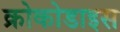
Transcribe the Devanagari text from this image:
क्रोकोडाइस